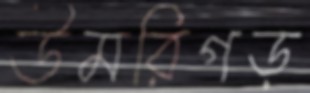
উমরিগড়